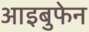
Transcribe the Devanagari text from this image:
आइबुफेन